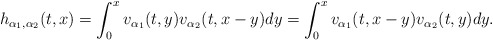
\begin{align*}h_{\alpha_{1}, \alpha_{2}}(t, x) = \int_{0}^{x} v_{\alpha_{1}}(t, y) v_{\alpha_{2}}(t, x-y) dy = \int_{0}^{x} v_{\alpha_{1}}(t, x-y) v_{\alpha_{2}}(t, y) dy.\end{align*}